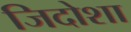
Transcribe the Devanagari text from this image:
जिदोशा